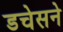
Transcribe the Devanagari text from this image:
डचेसने